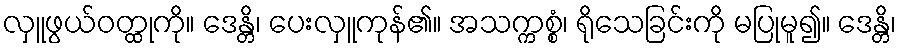
လှူဖွယ်ဝတ္ထုကို။ ဒေန္တိ၊ ပေးလှူကုန်၏။ အသက္ကစ္စံ၊ ရိုသေခြင်းကို မပြုမူ၍။ ဒေန္တိ၊